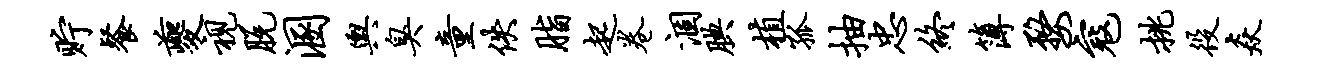
贮餐夔视脱溷舆臭童佚脂起卷涸腆植孤抽忠终簿婺寇挑役焱